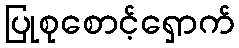
ပြုစုစောင့်ရှောက်